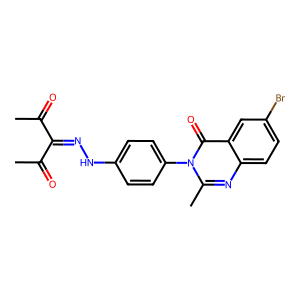
SMILES: CC(=O)C(=NNc1ccc(-n2c(C)nc3ccc(Br)cc3c2=O)cc1)C(C)=O
Inhibits HIV replication: No